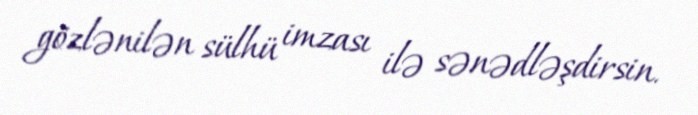
gözlənilən sülhü imzası ilə sənədləşdirsin.